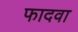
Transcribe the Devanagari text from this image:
फादवा